Vital statistics of India. Vol. IV, Annual returns from 1871 to 1876. British Army of India, Native Army and jails of Bengal
Year: 1871
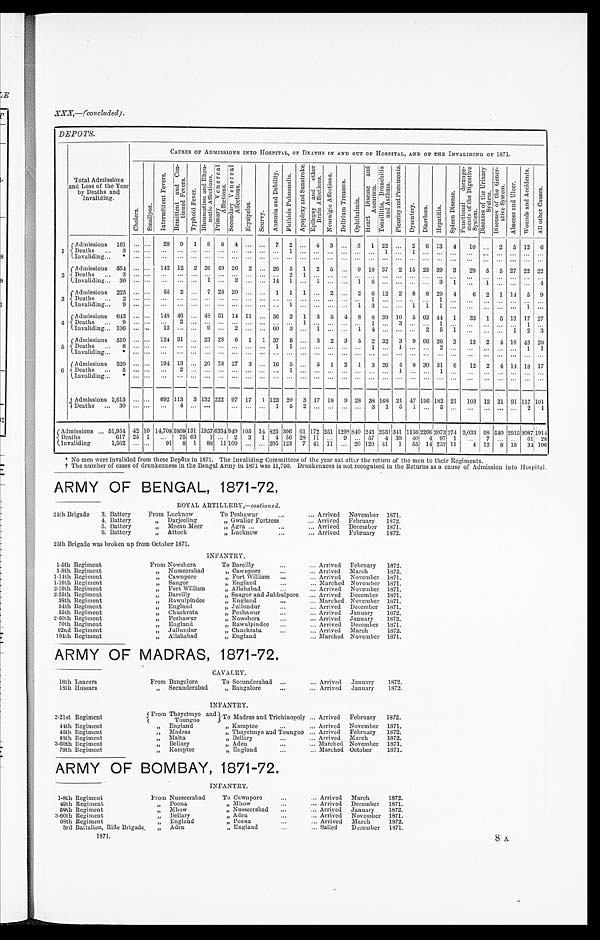
XXX,—(concluded).
DEPOTS.
Total Admissions
and Loss of the
Y e a r b y D e a t h s a n d
Invaliding.
CAUSES OF ADMISSIONS INTO HOSPITAL, OF DEATHS IN AND OUT OF HOSPITAL, AND OF THE INVALIDING OF 1871.
C h o l e r a .
S m a l l p o x .
I n t e r mi t t e n t F e v e r s .
R e m i t t e n t a n d C o n - t i n u e d F e v e r . T y p h o i d F e v e r
R h e u m a t i s m a n d R h e u - m a t i c A f f e c t i o n s .
P r i m a r y V e n e r e a l A f f e c t i o n s .
S e c o n d a r y V e n e r e a l A f f e c t i o n s .
E r y s i p e l a s .
S c u r v y .
A n æ m i a a n d D e b i l i t y .
P h t h i s i s P u l m o n a l i s . A p o p l e x y a n d S u n s t r o k e .
E p i l e p s y a n d o t h e r B r a i n A f f e c t i o n s . N c u r a l g i c A f f e c t i o n s . D e l i r i u m T r e m e n s .
O p h t h a l m i a .
H e a r t D i s e a s e s a n d A n e u r i s m .
T o n s i l l i t i s , B r o n c h i t i s a n d A s t h m a .
P l e u r i s y a n d P n e u m o n i a .
D y s e n t e r y .
D i a r r h œ a . H e p a t i t i s .
S p l e e n D i s e a s e .
F u n c t i o n a l d e r a n g e - m e n t s o f t h e D i g e s t i v e S y s t e m .
D i s e a s e s o f t h e U r i n a r y S y s t e m .
D i s e a s e s o f t h e G e n e r - a t i v e S y s t e m .
A b s e c s s a n d U l c e r . W o u n d s a n d A c c i d e n t s .
A l l o t h e r C a u s e s .
1
Admissions 161
. . . . . . 29 9 1 8 8 4 ... ... 7 2 ... 4 3 ... 3 1 22 ... 2 6 13 4 10
. . . 2 5 12
6
Deaths
3 ... ... ... ... . . . . . . . . . . . . . . .
. . . . . . 1 . . . . . . . . .
...
. . . . . . 1 . . . 1 . . . . . . . . .
. . . . . .
. . . . . .
... ...
Invaliding
* ...
. . . . . . ... . . .
. . . . . . . . . . . . . . . . . . . . .
. . .
. . . . . . ...
. . . . . . . . . . . . . . . . . . . . . . . . . . .
. . . . . . . . . ... ...
2 Admissions 554 ... ... 142 12 2 26 49 26 2 ... 26 5 1 2
5 ... 9 18 37 2 15 23 39 3 29 5 5 27 22 22
D e a t h s .
3 . . . . . .
... ...
. . . . . . . . . . . . . . . . . . . . . 2 1 . . . . . .
... ... ... ...
. . . . . . . . . . . . ... ... .. ... ... ...
Invaliding
36
. . . . . .
. . .
...
. . . 1 ... 3 ... ... 14 1 ... 1
. . . ... 1 6 ... ... ...
. . . 3 1
. . .
1 . . . . . .
...
4
3
Admissions 225 . . .
. . . 55 2
. . . 7 28 20
. . . . . . 1 1 1
. . . 2 ...
2 6 12 2 8 8 29 4
6 2 1 14 5 9
Deaths
2 . . . . . . . . . ... . . .
. . . . . . . . . . . .
. . . . . . . . .
. . . . . . . . . ... . . .
1 . . . . . . . . . . . 1 . . .
. . . . . . . . . . . . ... ...
I n v a l i d i n g
9 . . . . . .
... ...
. . . . . . . . . . . . . . . . . . . . . 1 . . . . . . . . . ...
1 3 . . . . . . 1 1 1 . . .
. . . . . . . . . . . . 1 ...
4
Admissions 643 . . . . . . 148 46 ... 48 51 14 11 ... 36 2 1 3 5 4 8 8 39 10 5 63 44 1 33 1 5 13 17 27
Deaths
9 . . . . . .
... 2
. . . . . . . . . . . . . . . . . . . . . . . . 1
. . . . . .
...
. . . 1 . . . 3 . . . . . . 1 . . .
. . . . . . . . . . . .
1 ...
Invaliding 106 . . .
. . . 12 ... ... 9 ... 2 ... ... 60 3 ... 1 ... ... 1 4 ... ... ... 2 5 1 ... ...
. . . 1 2 3
5
Admissions 510 ... ... 124 31 ... 23 28 6 1
1 37 5 ... 3 2 3 5 2 32 3 9 66 26 3 13 2 4 18 43 20
D e a t h s
8 . . . . . .
... ...
. . . . . . . . . . . . . . . . . . 1 1 . . . . . . . . . ...
. . . 1 . . . 1 . . . . . . 2 . . .
. . . . . . . . . . . .
1 1
Invaliding
* ...
. . . ... ... ... ... ... ...
. . . . . . . . . . . .
. . . . . . . . . ... . . . . . . . . . . . . . . . . . . . . . . . . . . .
. . . . . . . . . ... ...
6 Admissions 520
. . . . . .
194 13
. . . 2 0 58 27 3 ... 16 5 ... 5 1 2 1 3 26 4 8 30 31 6 12 2 4 14 18 17
Death
s 5 ...
. : . . .
. . .
... 2 . . .
. . . . . . . . . . . .
. . . . . . 1
. . . . . . . . . . . . . . . . . . . . . 1 . . . . . . 1 . . .
. . . . . . . . . . . . ... ...
Invaliding
* . . . . . . ... ...
. . . . . . . . . . . . . . .
. . . . . . . . . . . .
. . . . . . ...
. . . . . . . . . . . . . . . . . .
. . . . . . . . .
. . . . . . . . . ... ...
Admissions 2,613 ... ... 692 113 3 132
2 2 2 97 17 1 123 20 3 17 18 9 28 38 168 21 47 196 182 21 103 12 21 91 117 101
Deaths
30 ... ... ... 4 . . .
. . .
. . . . . .
. . . 1 5 2 ... ... ... ... 3 1 5 1 ... 5
. . .
. . . . . . . . . . . . 2 1
Admissions
51,954 42 10 14,708 5809 1 3 1 1957 6334849 105 14 825 306 61 172 251 129†840 243 2531 341
1 1 5 6 2206 2073 274 2,033
9 8 540 2915 3087 1914
Deaths
617 25 1
... 1 75 63 1 ... 2 3 1 4 56 28 11 ... 9 ... 57 4 39 40 4 97 1 ... 7 ... ... 61 28
Invaliding
1,562 ... ...
91 8 1 88 1 1 1 0 0 ... ... 2 9 5 123 7 41 11 ... 20 120 41 1 55 14 252 11
4 12 8 18 34 196
* No men were invalided from these Depôts in 1871. The Invaliding Committees of the year sat after the return of the men to their Regiments.
† The number of cases of drunkenness in the Bengal Army in 1871 was 11,750. Drunkenness is not recognised in the Returns as a cause of Admission into Hospital.
ARMY OF BENGAL, 1871-72.
ROYAL ARTILLERY,—continued.
24th Brigade 3. Battery
From Lucknow
To Peshawar
Arrived November 1871.
4. Battery
" Darjeeling
" Gwalior Fortress
Arrived February 1872.
5. Battery
" Meean Meer
" Agra
Arrived December 1871.
6. Battery
" Attock
" Lucknow
Arrived February 1872.
25th Brigade was broken up from October 1871.
INFANTRY.
1-5th Regiment
From Nowshera
To Bareilly
Arrived February 1872.
1-8th Regiment
" Nusseerabad
" Cawnpore
Arrived March
1872.
1-14th Regiment
" Cawnpore
" Fort William
Arrived November 1871.
1-19th Regiment
" Saugor
" England
Marched November 1871.
2-19th Regiment
" Fort William
" A l l a h a b a d
Arrived November 1871.
2-25th Regiment
" Bareilly
" Saugor and Jubbulporo
Arrived December 1871.
38th Regiment
" Rawulpindee
" England
Marched November 1871.
54th Regiment
" England
" Jullundur
Arrived December 1871.
55th Regiment
" Chuckrata
" Peshawar
Arrived January 1872.
2-60th Regiment
" Peshawar
" Nowshera
Arrived January 1872.
70th Regiment
" England
" Rawulpindee
Arrived December 1871.
92nd Regiment
" Tallandur
" C h u c k r a t a
Arrived March
1872.
1 0 4 t h R e g i m e n t
" Allahabad
" England
Marched November 1871.
ARMY OF MADRAS, 1871-72.
C A V A L R Y .
16th Lancers
From Bangalore
To Secunderabad
Arrived January 1872.
1 8 t h H u s s a r s
" S e c u n d e r a b a d
" Bangalore
Arrived January 1872.
INFANTRY.
2-21st Regiment
From Thayetmyo and
Toungoo
To Madras and Trichinopoly Arrived February 1872.
44th Regiment
" England
" Ka mp t e e
Arrived November 1871.
45th Regiment
" Madras
" Thayetmyo and Toungoo
Arrived February 1872.
48th Regiment
" Malta
" Bellary
Arrived March
1872.
3-60th Regiment
" Bellary
" Aden
Marched November 1871.
79th Regiment
" Kamptee
" England
Marched October
1871.
ARMY OF BOMBAY, 1871-72.
INFANTRY.
1-8th Regiment
From Nusseerabad
To Cawnpore Arrived March
1872.
49th Regiment
" Poona
" Mhow
Arrived December 1871.
59th Regiment
" Mhow
" Nusseerabad
Arrived January 1872.
3-60th Regiment
" Bellary
" A d e n ArrivedNovember1871.
68th Regiment
" England
" P o o n a Arrived March
1872.
3rd Battalion, Rifle Brigade
" Aden
" England
Sailed December 1871.
1871.
8 A.